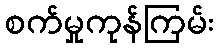
စက်မှုကုန်ကြမ်း